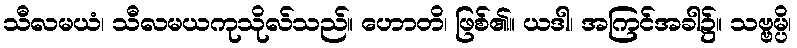
သီလမယံ၊ သီလမယကုသိုလ်သည်။ ဟောတိ၊ ဖြစ်၏။ ယဒါ၊ အကြင်အခါ၌။ သဗ္ဗမ္ပိ၊